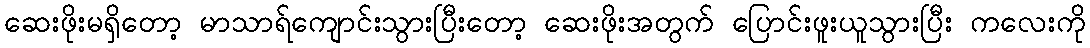
ဆေးဖိုးမရှိတော့ မာသာရ်ကျောင်းသွားပြီးတော့ ဆေးဖိုးအတွက် ပြောင်းဖူးယူသွားပြီး ကလေးကို